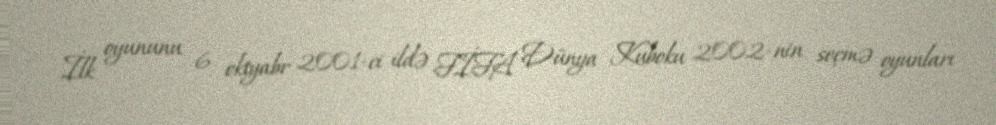
İlk oyununu 6 oktyabr 2001-ci ildə FİFA Dünya Kuboku 2002-nin seçmə oyunları